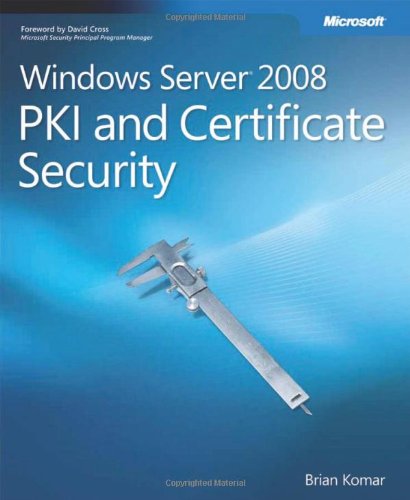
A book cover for Windows Server 2008 PKI and Certificate Security (PRO-Other); Brian Komar; Computers & Technology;